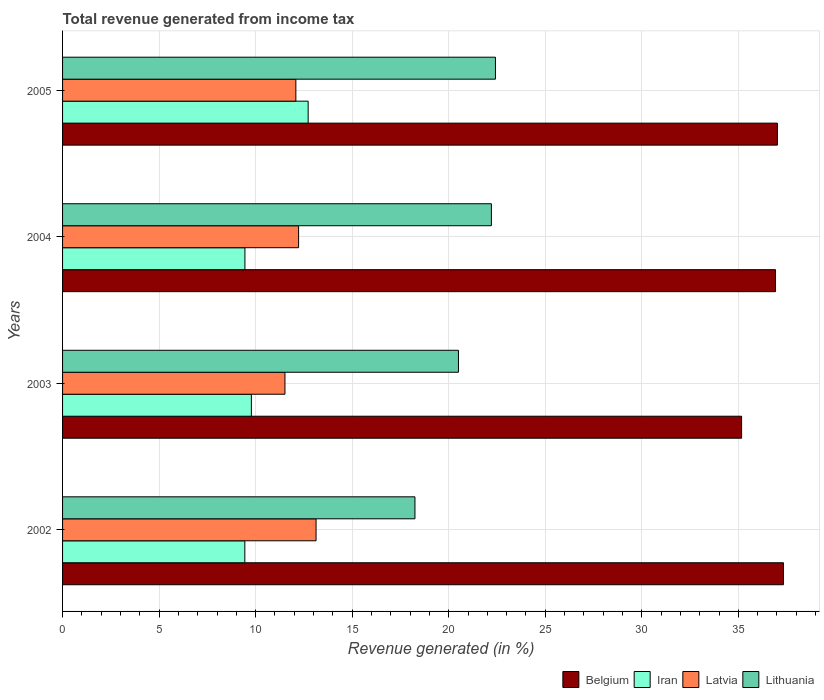
| Years | Belgium | Iran | Latvia | Lithuania |
 | --- | --- | --- | --- | --- |
 | 2002 | 37.3 | 9.44 | 13.1 | 18.3 |
 | 2003 | 35.2 | 9.78 | 11.5 | 20.5 |
 | 2004 | 36.9 | 9.45 | 12.2 | 22.2 |
 | 2005 | 37 | 12.7 | 12.1 | 22.4 |